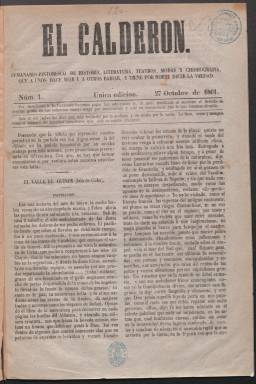
Título: El Calderón (Palma de Mallorca. Semanario)
Colección: Revistas de información general
Ámbito geográfico: Baleares
Lugar de publicación: Palma de Mallorca
Fechas: 27/10/1861-30/11/1861